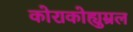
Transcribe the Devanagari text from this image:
कोराकोह्युम्रल